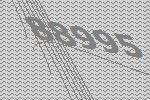
88995